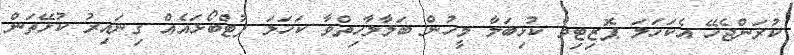
ކުރަންޖެހޭ އެކަހަލަ ޕޮޒިޓިވް ކުޅިބަލާ މީހުން ބަލާލާހިތްވާ ކަހަލަ ފުޓްބޯޅައެއް ގިނައިރު ކުޅޭތަން